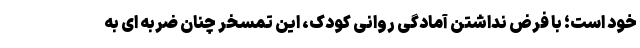
خود است؛ با فرض نداشتن آمادگی روانی کودک، این تمسخر چنان ضربه ای به